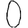
Digit: 0